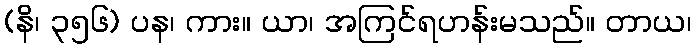
(နိ၊ ၃၅၆) ပန၊ ကား။ ယာ၊ အကြင်ရဟန်းမသည်။ တာယ၊